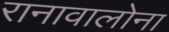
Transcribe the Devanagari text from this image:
रानावालोना